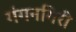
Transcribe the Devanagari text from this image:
गंगनगिरी